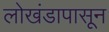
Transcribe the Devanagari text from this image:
लाेखंडापासून